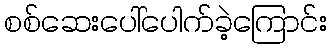
စစ်ဆေးပေါ်ပေါက်ခဲ့ကြောင်း